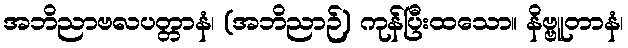
အဘိညာဗလပတ္တာနံ၊ (အဘိညာဉ်) ကုန်ပြီးထသော။ နိဗ္ဗူတာနံ၊